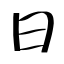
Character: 日